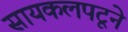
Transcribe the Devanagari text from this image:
सायकलपटूने